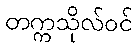
တက္ကသိုလ်ဝင်